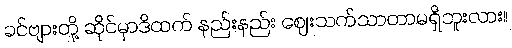
ခင်ဗျားတို့ ဆိုင်မှာဒိထက် နည်းနည်း ဈေးသက်သာတာမရှိဘူးလား။